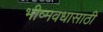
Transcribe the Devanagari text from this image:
भीष्मवधासाठी